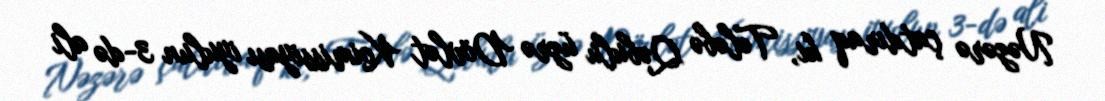
Nəzərə çatdıraq ki, Tələbə Qəbulu üzrə Dövlət Koimissiyası iyulun 3-də ali